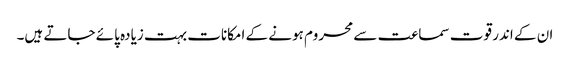
ان کے اندر قوت سماعت سے محروم ہونے کے امکانات بہت زیادہ پائے جاتے ہیں۔